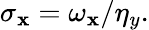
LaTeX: \sigma_{\mathbf{x}}=\omega_{\mathbf{x}}/\eta_{y}.